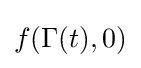
f(\Gamma (t),0)